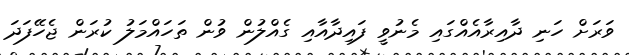
ވަރަށް ހަނި ދާއިރާއެއްގައި މެނުވީ ފައިދާއާއި ގެއްލުން ވުން ތަހައްމަލު ކުރަން ޖެހޭފަދަ